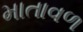
માતાવળ